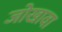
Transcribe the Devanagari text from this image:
जोखावा